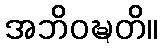
အဘိဝဍ္ဎတိ။